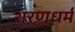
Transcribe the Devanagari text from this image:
शरणधर्म